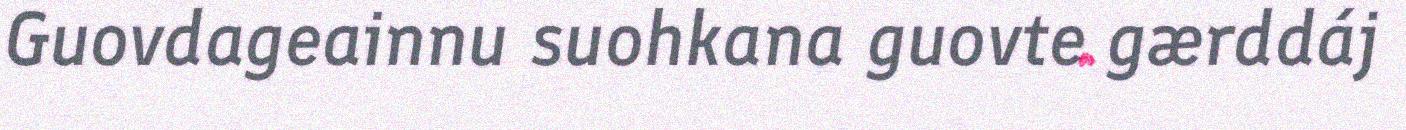
Guovdageainnu suohkana guovte gærddáj